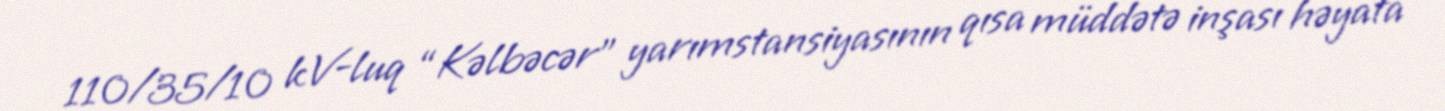
110/35/10 kV-luq “Kəlbəcər” yarımstansiyasının qısa müddətə inşası həyata